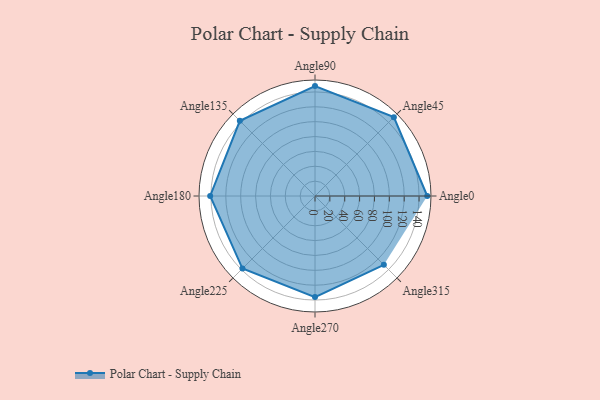
{"axis": {"x": "Angle", "y": "Radius"}, "legend": [""], "data": [{"x": "Angle0", "y": 151.0, "type": ""}, {"x": "Angle45", "y": 150.0, "type": ""}, {"x": "Angle90", "y": 148.0, "type": ""}, {"x": "Angle135", "y": 143.0, "type": ""}, {"x": "Angle180", "y": 141.0, "type": ""}, {"x": "Angle225", "y": 138.0, "type": ""}, {"x": "Angle270", "y": 136.0, "type": ""}, {"x": "Angle315", "y": 131.0, "type": ""}]}